Calcutta medical institutions reports 1879-81 [i.e.91]
Year: 1879
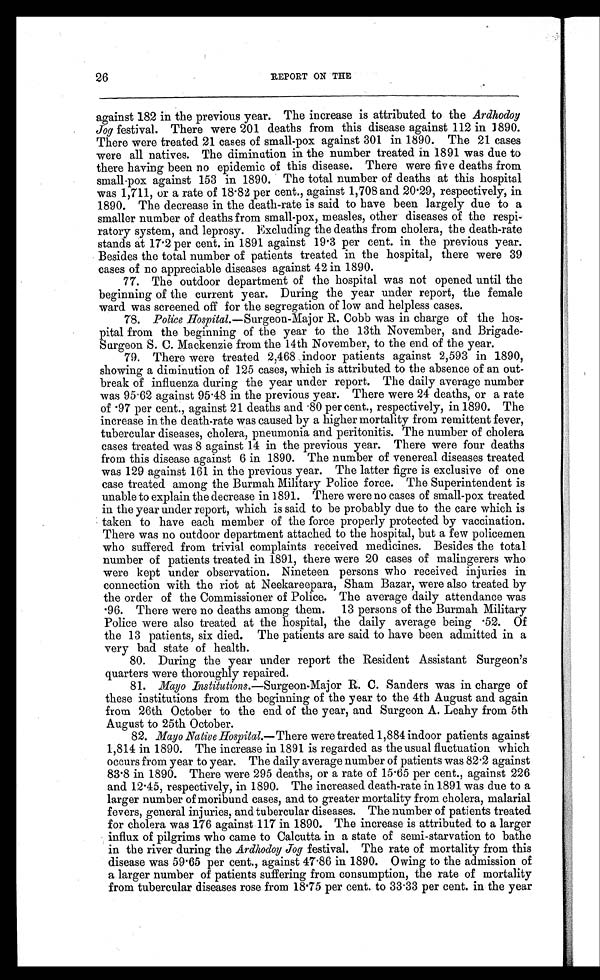
26
REPORT ON THE
against 182 in the previous year. The increase is attributed to the Ardhodoy
Jog festival. There were 201 deaths from this disease against 112 in 1890.
There were treated 21 cases of small-pox against 301 in 1890. The 21 cases
were all natives. The diminution in the number treated in 1891 was due to
there having been no epidemic of this disease. There were five deaths from
small-pox against 153 in 1890. The total number of deaths at this hospital
was 1,711, or a rate of 18.82 per cent., against 1,708 and 20.29, respectively, in
1890. The decrease in the death-rate is said to have been largely due to a
smaller number of deaths from small-pox, measles, other diseases of the respi-
ratory system, and leprosy. Excluding the deaths from cholera, the death-rate
stands at 17.2 per cent. in 1891 against 19.3 per cent. in the previous year.
Besides the total number of patients treated in the hospital, there were 39
cases of no appreciable diseases against 42 in 1890.
77. The outdoor department of the hospital was not opened until the
beginning of the current year. During the year under report, the female
ward was screened off for the segregation of low and helpless cases.
78. Police Hospital.—Surgeon-Major R. Cobb was in charge of the hos-
pital from the beginning of the year to the 13th November, and Brigade-
Surgeon S. C. Mackenzie from the 14th November, to the end of the year.
79. There were treated 2,468 indoor patients against 2,593 in 1890,
showing a diminution of 125 cases, which is attributed to the absence of an out-
break of influenza during the year under report. The daily average number
was 95.62 against 95.48 in the previous year. There were 24 deaths, or a rate
of .97 per cent., against 21 deaths and .80 per cent., respectively, in 1890. The
increase in the death-rate was caused by a higher mortality from remittent fever,
tubercular diseases, cholera, pneumonia and peritonitis. The number of cholera
cases treated was 8 against 14 in the previous year. There were four deaths
from this disease against 6 in 1890. The number of venereal diseases treated
was 129 against 161 in the previous year. The latter figre is exclusive of one
case treated among the Burmah Military Police force. The Superintendent is
unable to explain the decrease in 1891. There were no cases of small-pox treated
in the year under report, which is said to be probably due to the care which is
taken to have each member of the force properly protected by vaccination.
There was no outdoor department attached to the hospital, but a few policemen
who suffered from trivial complaints received medicines. Besides the total
number of patients treated in 1891, there were 20 cases of malingerers who
were kept under observation. Nineteen persons who received injuries in
connection with the riot at Neekareepara, Sham Bazar, were also treated by
the order of the Commissioner of Police. The average daily attendance was
.96. There were no deaths among them. 13 persons of the Burmah Military
Police were also treated at the hospital, the daily average being .52. Of
the 13 patients, six died. The patients are said to have been admitted in a
very bad state of health.
80. During the year under report the Resident Assistant Surgeon's
quarters were thoroughly repaired.
81. Mayo Institutions.—Surgeon-Major R. C. Sanders was in charge of
these institutions from the beginning of the year to the 4th August and again
from 26th October to the end of the year, and Surgeon A. Leahy from 5th
August to 25th October.
82. Mayo Native Hospital.— There were treated 1,884 indoor patients against
1,814 in 1890. The increase in 1891 is regarded as the usual fluctuation which
occurs from year to year. The daily average number of patients was 82.2 against
83.8 in 1890. There were 295 deaths, or a rate of 15.65 per cent., against 226
and 12.45, respectively, in 1890. The increased death-rate in 1891 was due to a
larger number of moribund cases, and to greater mortality from cholera, malarial
fevers, general injuries, and tubercular diseases. The number of patients treated
for cholera was 176 against 117 in 1890. The increase is attributed to a larger
influx of pilgrims who came to Calcutta in a state of semi-starvation to bathe
in the river during the Ardhodoy Jog festival. The rate of mortality from this
disease was 59.65 per cent., against 47.86 in 1890. Owing to the admission of
a larger number of patients suffering from consumption, the rate of mortality
from tubercular diseases rose from 18.75 per cent. to 33.33 per cent. in the year